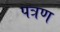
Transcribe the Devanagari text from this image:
पत्रण